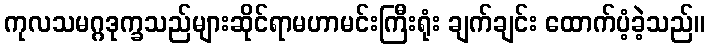
ကုလသမဂ္ဂဒုက္ခသည်များဆိုင်ရာမဟာမင်းကြီးရုံး ချက်ချင်း ထောက်ပံ့ခဲ့သည်။